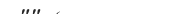
٢٢